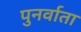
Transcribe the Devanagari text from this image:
पुनर्वाता